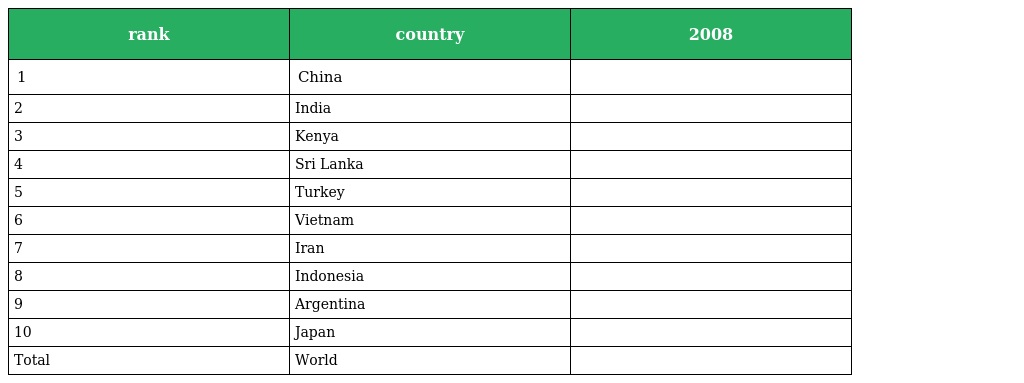
| rank | country | 2008 |
 | --- | --- | --- |
 | 1 | China |  |
 | 2 | India |  |
 | 3 | Kenya |  |
 | 4 | Sri Lanka |  |
 | 5 | Turkey |  |
 | 6 | Vietnam |  |
 | 7 | Iran |  |
 | 8 | Indonesia |  |
 | 9 | Argentina |  |
 | 10 | Japan |  |
 | Total | World |  |